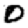
Digit: 0